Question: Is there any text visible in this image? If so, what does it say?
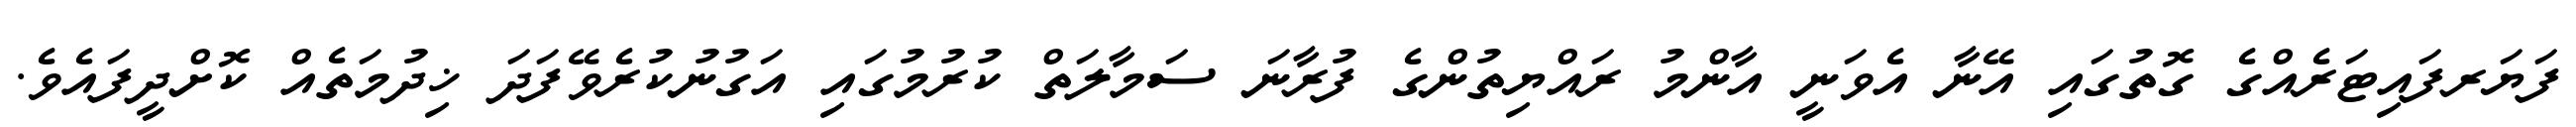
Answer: ފަޔަރފައިޓަރެއްގެ ގޮތުގައި އޭނާ އެވަނީ އާންމު ރައްޔިތުންގެ ފުރާނަ ސަމާލަތް ކުރުމުގައި އަގުނުކުރެވޭފަދަ ޚިދުމަތެއް ކޮށްދީފައެވެ.